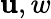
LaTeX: \mathbf{u},w